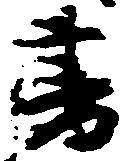
書